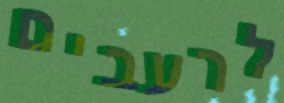
לרעבים